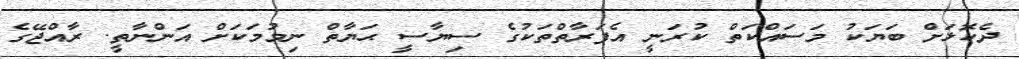
ދެކޮޅަށް ބަޔަކު މަސައްކަތް ކުރަނީ އެފަރާތްތަކުގެ ސިޔާސީ ޙަޔާތް ނިމުމަކަށް އަންނާތީ. ރާއްޖޭގެ